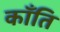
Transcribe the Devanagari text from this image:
काँति